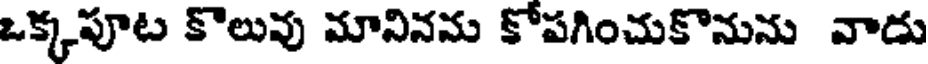
ఒక్కపూట కొలువు మానినను కోపగించుకొనును వాడు